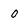
Character: O